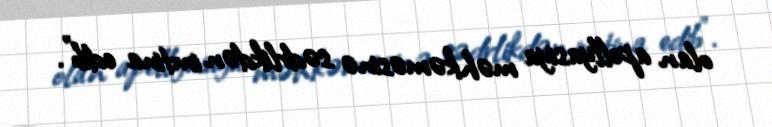
olan apellyasiya məhkəməsinə sədrlikdən imtina edib”.